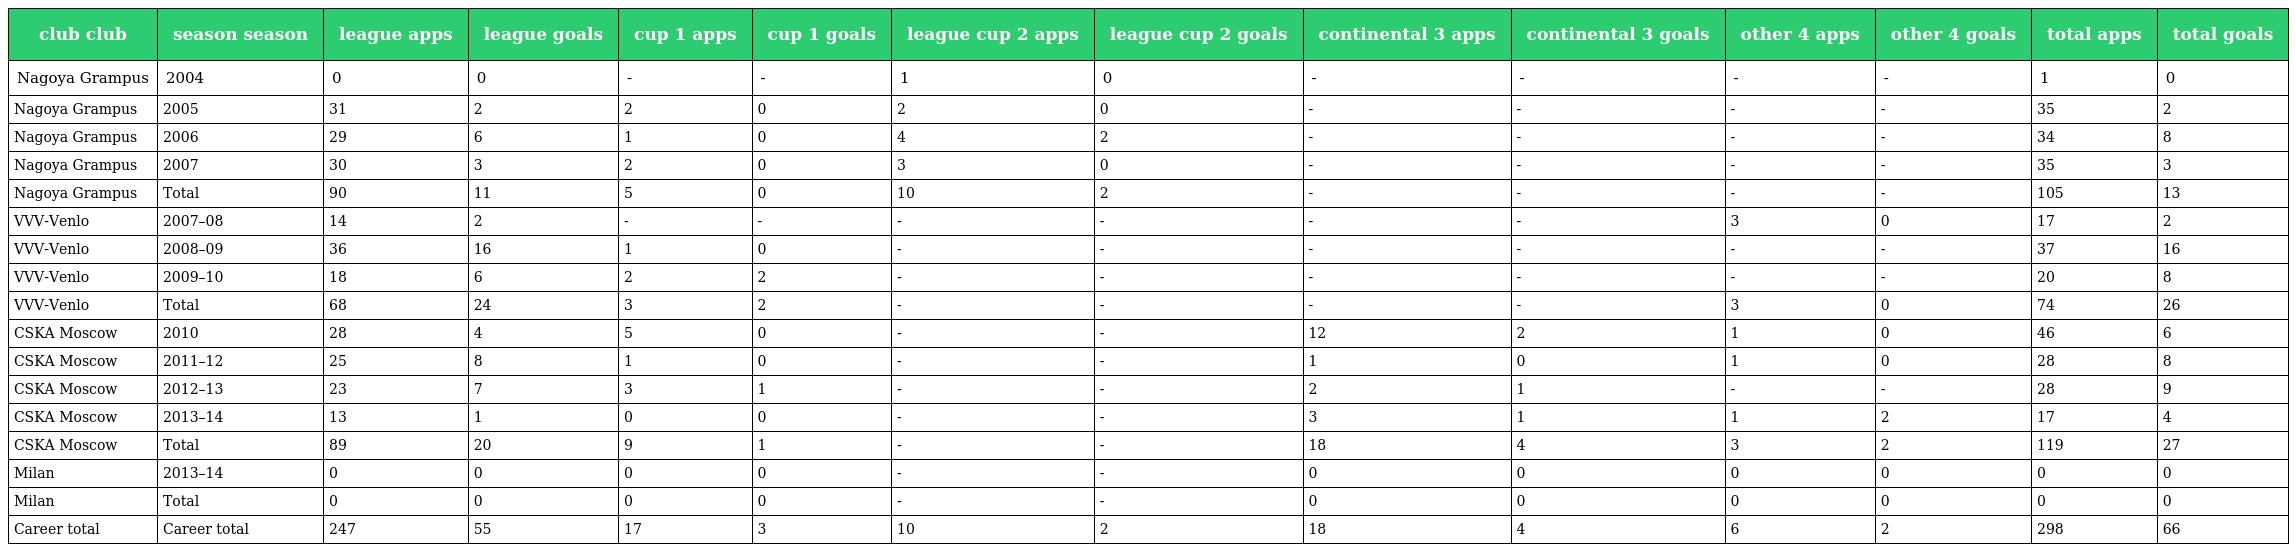
| club club | season season | league apps | league goals | cup 1 apps | cup 1 goals | league cup 2 apps | league cup 2 goals | continental 3 apps | continental 3 goals | other 4 apps | other 4 goals | total apps | total goals |
 | --- | --- | --- | --- | --- | --- | --- | --- | --- | --- | --- | --- | --- | --- |
 | Nagoya Grampus | 2004 | 0 | 0 | - | - | 1 | 0 | - | - | - | - | 1 | 0 |
 | Nagoya Grampus | 2005 | 31 | 2 | 2 | 0 | 2 | 0 | - | - | - | - | 35 | 2 |
 | Nagoya Grampus | 2006 | 29 | 6 | 1 | 0 | 4 | 2 | - | - | - | - | 34 | 8 |
 | Nagoya Grampus | 2007 | 30 | 3 | 2 | 0 | 3 | 0 | - | - | - | - | 35 | 3 |
 | Nagoya Grampus | Total | 90 | 11 | 5 | 0 | 10 | 2 | - | - | - | - | 105 | 13 |
 | VVV-Venlo | 2007–08 | 14 | 2 | - | - | - | - | - | - | 3 | 0 | 17 | 2 |
 | VVV-Venlo | 2008–09 | 36 | 16 | 1 | 0 | - | - | - | - | - | - | 37 | 16 |
 | VVV-Venlo | 2009–10 | 18 | 6 | 2 | 2 | - | - | - | - | - | - | 20 | 8 |
 | VVV-Venlo | Total | 68 | 24 | 3 | 2 | - | - | - | - | 3 | 0 | 74 | 26 |
 | CSKA Moscow | 2010 | 28 | 4 | 5 | 0 | - | - | 12 | 2 | 1 | 0 | 46 | 6 |
 | CSKA Moscow | 2011–12 | 25 | 8 | 1 | 0 | - | - | 1 | 0 | 1 | 0 | 28 | 8 |
 | CSKA Moscow | 2012–13 | 23 | 7 | 3 | 1 | - | - | 2 | 1 | - | - | 28 | 9 |
 | CSKA Moscow | 2013–14 | 13 | 1 | 0 | 0 | - | - | 3 | 1 | 1 | 2 | 17 | 4 |
 | CSKA Moscow | Total | 89 | 20 | 9 | 1 | - | - | 18 | 4 | 3 | 2 | 119 | 27 |
 | Milan | 2013–14 | 0 | 0 | 0 | 0 | - | - | 0 | 0 | 0 | 0 | 0 | 0 |
 | Milan | Total | 0 | 0 | 0 | 0 | - | - | 0 | 0 | 0 | 0 | 0 | 0 |
 | Career total | Career total | 247 | 55 | 17 | 3 | 10 | 2 | 18 | 4 | 6 | 2 | 298 | 66 |